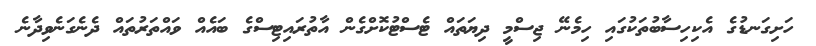
ހަށިގަނޑުގެ އެކިހިސާބުތަކުގައި ހިމެނޭ ޖިސްމީ ދިޔަތައް ޓެސްޓުކޮށްގެން އާތުރައިޓިސްގެ ބައެއް ވައްތަރުތައް ދެނެގަނެވިދާނެ